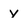
Character: y